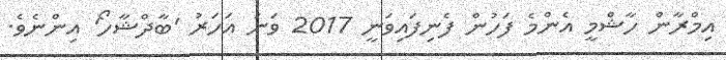
އިމްރާން ހާޝްމީ އެންމެ ފަހުން ފެނިފައިވަނީ 2017 ވަނަ އަހަރު 'ބާދްޝާހޯ' އިންނެވެ.